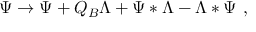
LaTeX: \Psi \to \Psi + Q _ { B } \Lambda + \Psi * \Lambda - \Lambda * \Psi \ ,